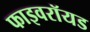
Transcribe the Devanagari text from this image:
फाइवरॉयड